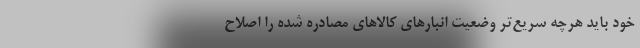
خود باید هرچه سریع‌تر وضعیت انبارهای کالاهای مصادره شده را اصلاح